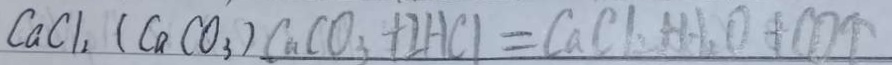
C a C l _ { 2 } ( C a C O _ { 3 } ) C a C O _ { 3 } + 2 H C l = C a C l _ { 2 } + H _ { 2 } O + C O \uparrow